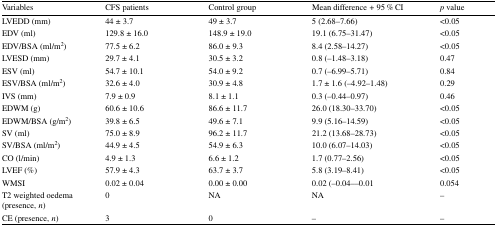
| Variables | CFS patients | Control group | Mean difference + 95 % CI | p value |
 | --- | --- | --- | --- | --- |
 | LVEDD (mm) | 44 ± 3.7 | 49 ± 3.7 | 5 (2.68–7.66) | <0.05 |
 | EDV (ml) | 129.8 ± 16.0 | 148.9 ± 19.0 | 19.1 (6.75–31.47) | <0.05 |
 | EDV/BSA (ml/m2) | 77.5 ± 6.2 | 86.0 ± 9.3 | 8.4 (2.58–14.27) | <0.05 |
 | LVESD (mm) | 29.7 ± 4.1 | 30.5 ± 3.2 | 0.8 (−1.48–3.18) | 0.47 |
 | ESV (ml) | 54.7 ± 10.1 | 54.0 ± 9.2 | 0.7 (−6.99–5.71) | 0.84 |
 | ESV/BSA (ml/m2) | 32.6 ± 4.0 | 30.9 ± 4.8 | 1.7 ± 1.6 (−4.92–1.48) | 0.29 |
 | IVS (mm) | 7.9 ± 0.9 | 8.1 ± 1.1 | 0.3 (−0.44–0.97) | 0.46 |
 | EDWM (g) | 60.6 ± 10.6 | 86.6 ± 11.7 | 26.0 (18.30–33.70) | <0.05 |
 | EDWM/BSA (g/m2) | 39.8 ± 6.5 | 49.6 ± 7.1 | 9.9 (5.16–14.59) | <0.05 |
 | SV (ml) | 75.0 ± 8.9 | 96.2 ± 11.7 | 21.2 (13.68–28.73) | <0.05 |
 | SV/BSA (ml/m2) | 44.9 ± 4.5 | 54.9 ± 6.3 | 10.0 (6.07–14.03) | <0.05 |
 | CO (l/min) | 4.9 ± 1.3 | 6.6 ± 1.2 | 1.7 (0.77–2.56) | <0.05 |
 | LVEF (%) | 57.9 ± 4.3 | 63.7 ± 3.7 | 5.8 (3.19–8.41) | <0.05 |
 | WMSI | 0.02 ± 0.04 | 0.00 ± 0.00 | 0.02 (−0.04–−0.01 | 0.054 |
 | T2 weighted oedema (presence, n) | 0 | NA | NA | – |
 | CE (presence, n) | 3 | 0 | – | – |